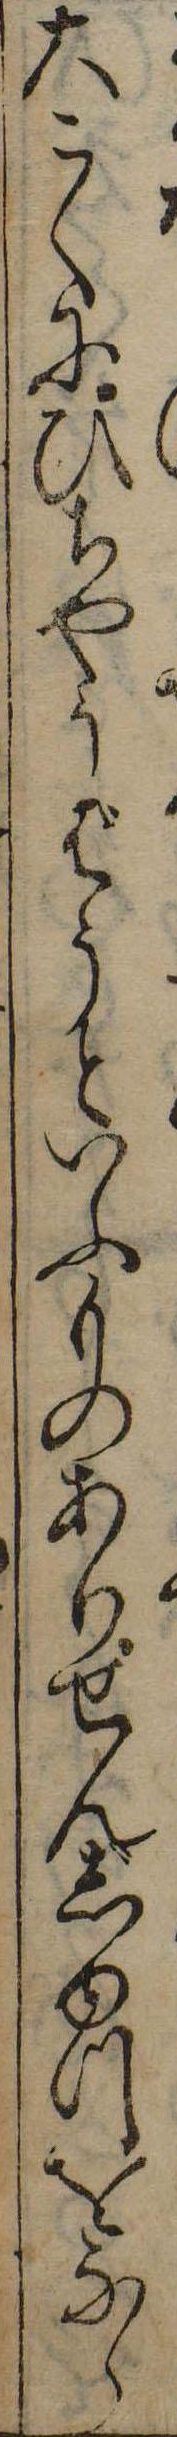
大こくにひちやうばうといふものありせんじゆつをなら